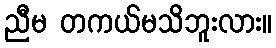
ညီမ တကယ်မသိဘူးလား။